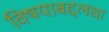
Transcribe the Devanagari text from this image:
विषयाबद्दलचा